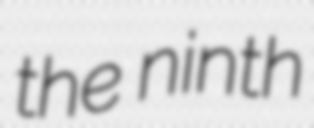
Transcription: the ninth